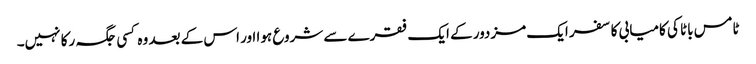
ٹامس باٹا کی کامیابی کا سفر ایک مزدور کے ایک فقرے سے شروع ہوا اور اس کے بعد وہ کسی جگہ رکا نہیں۔